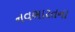
નવભારતના